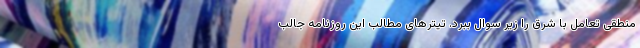
منطقی تعامل با شرق را زیر سوال ببرد. تیترهای مطالب این روزنامه جالب